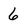
Character: 6